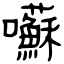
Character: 囌